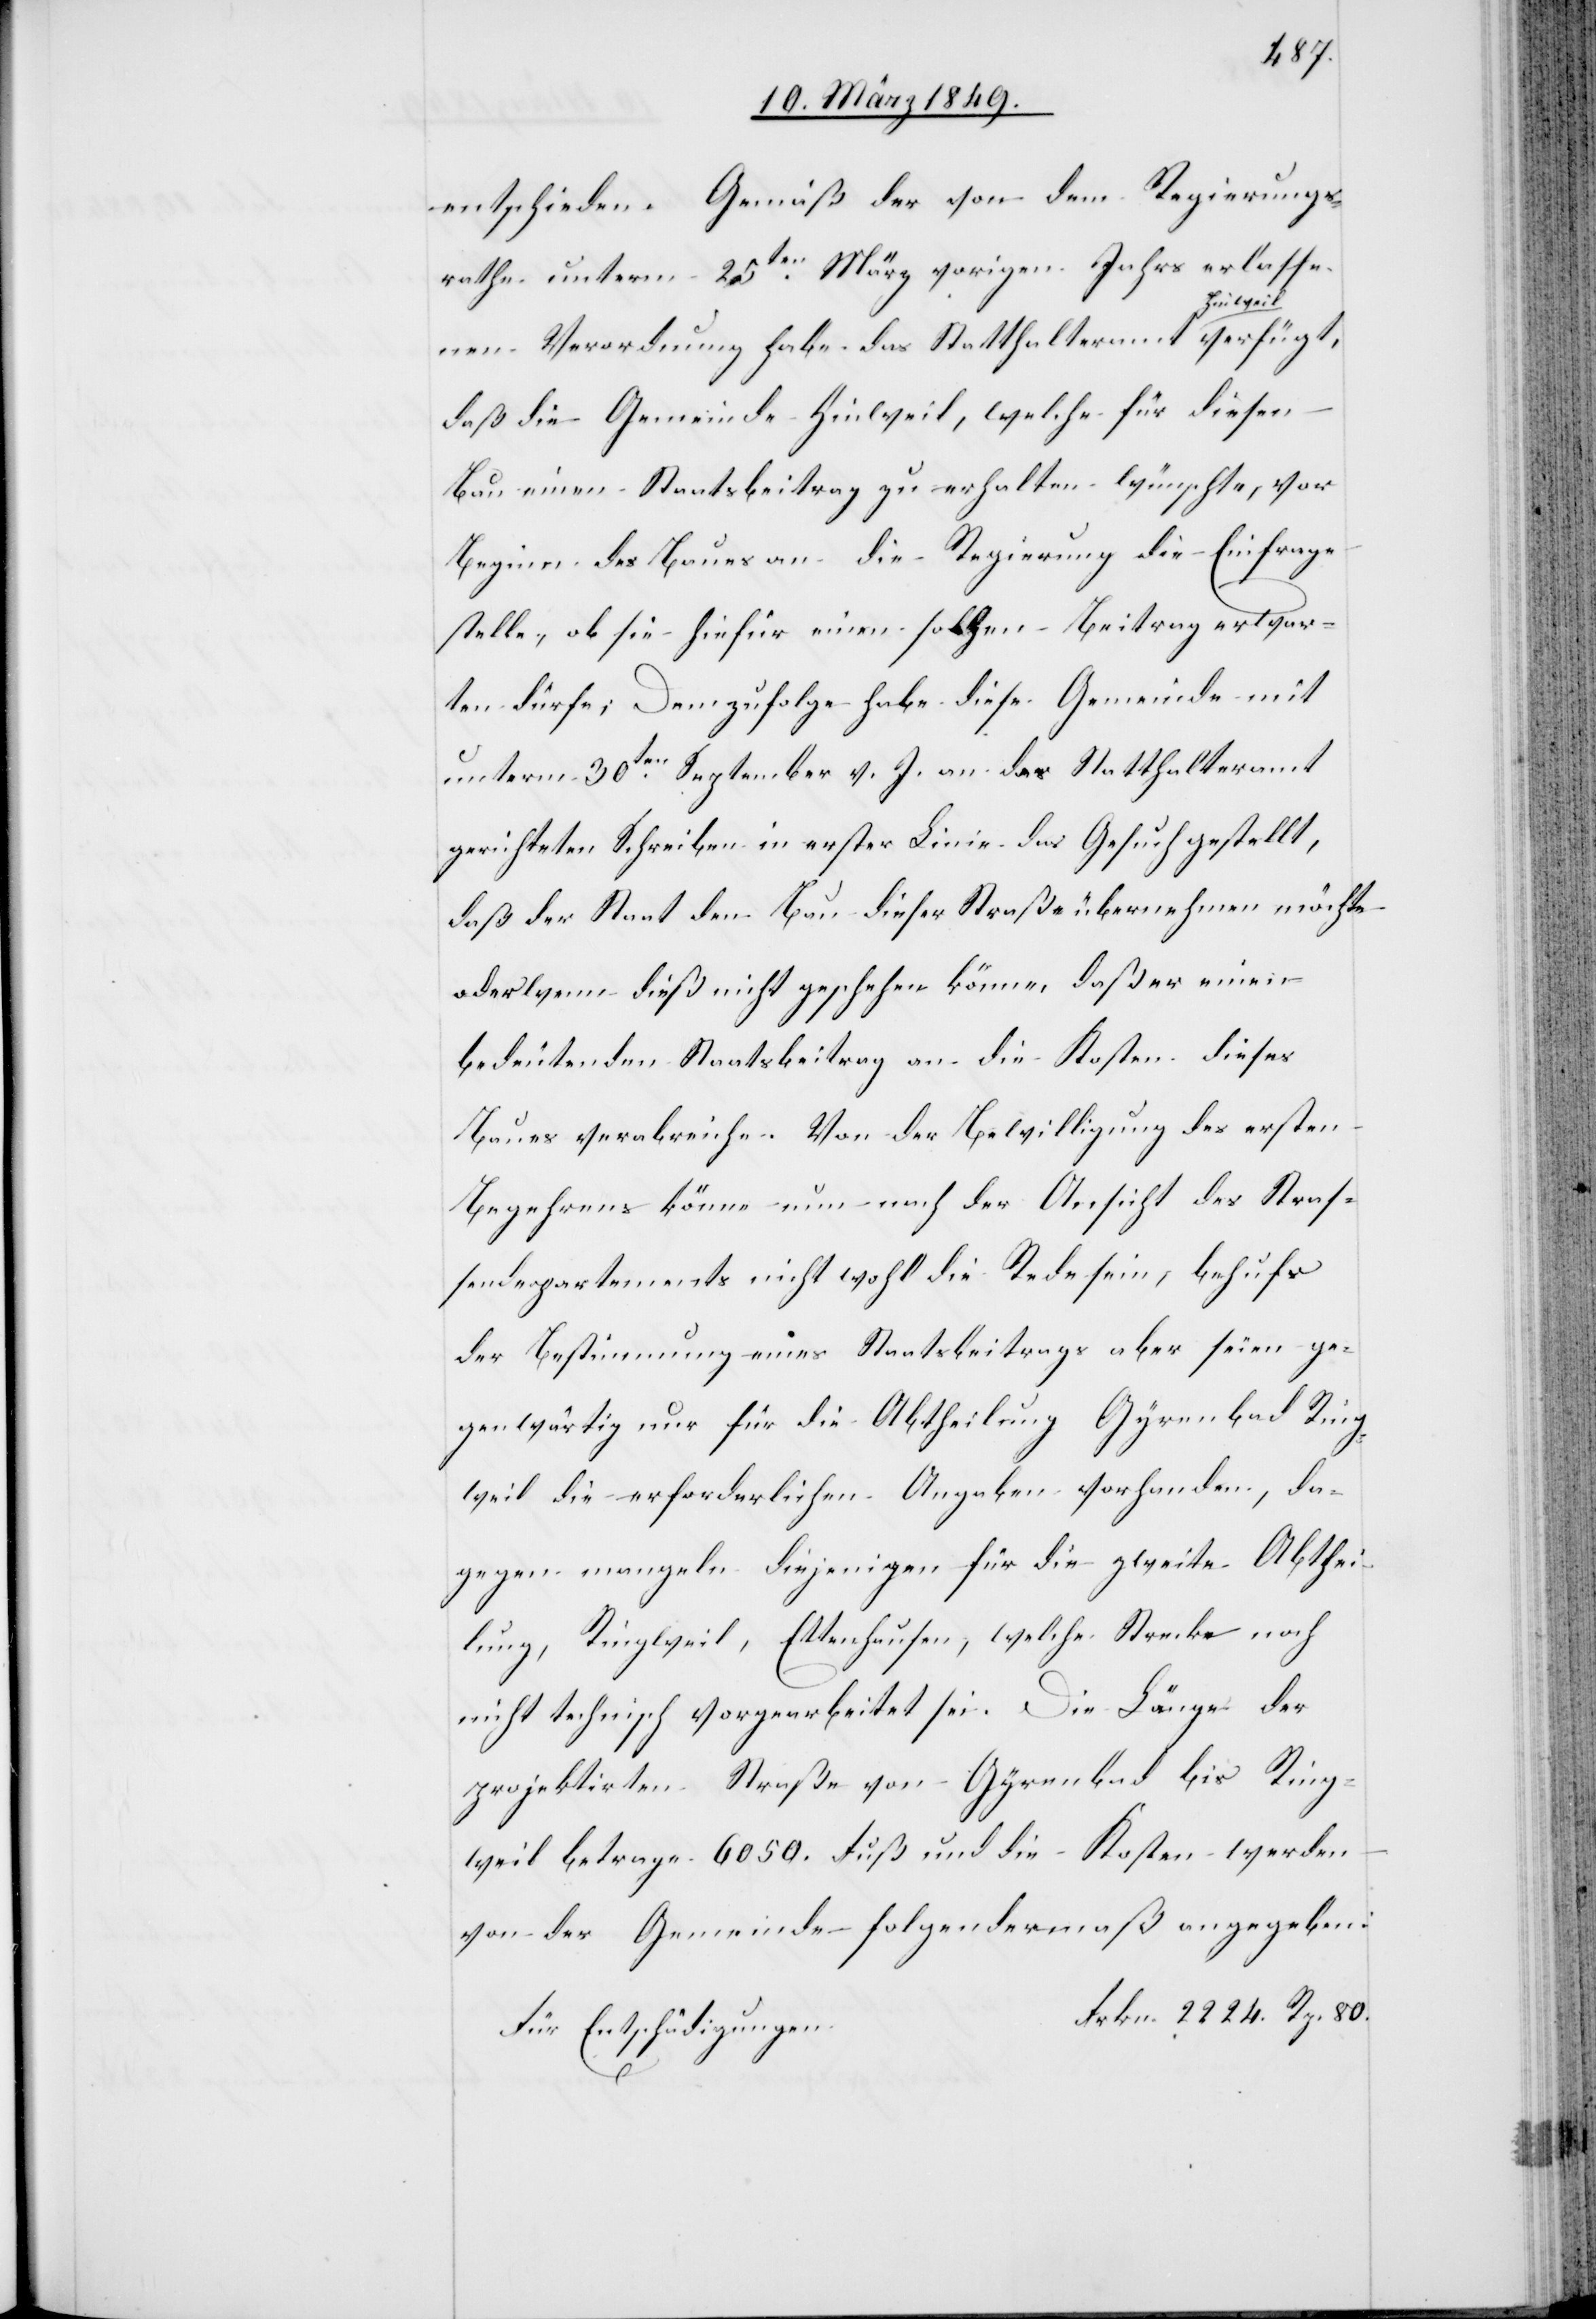
entschieden. Gemäß der von dem Regierungs¬
rathe unterm 25ten. März vorigen Jahrs erlasse¬
nen Verordnung habe das Statthalteramt Hinweil verfügt,
daß die Gemeinde Hinweil, welche für diesen
Bau einen Staatsbeitrag zu erhalten wünschte, vor
Beginn des Baues an die Regierung die Einfrage
stelle, ob sie hiefür einen solchen Beitrag erwar¬
ten dürfe; Demzufolge habe diese Gemeinde mit
unterm 30ten. September v. J. an das Statthalteramt
gerichteten Schreiben in erster Linie das Gesuch gestellt,
daß der Staat den Bau dieser Straße übernehmen möchte
oder wenn dieß nicht geschehen könne, daß er einen
bedeutenden Staatsbeitrag an die Kosten dieses
Baues verabreiche. Von der Bewilligung des ersten
Begehrens könne nun nach der Ansicht des Straß¬
endepartements nicht wohl die Rede sein, behufs
der Bestimmung eines Staatsbeitrags aber seien ge¬
genwärtig nur für die Abtheilung Gyrenbad Ring¬
weil die erforderlichen Angaben vorhanden, da¬
gegen mangeln diejenigen für die zweite Abthei¬
lung, Ringweil, Ettenhausen, welche Strecke noch
nicht technisch vorgearbeitet sei. Die Länge der
projektirten Straße von Gyrenbad bis Ring¬
weil betrage 6050. Fuß und die Kosten werden
von der Gemeinde folgendermaß angegeben:
Frkn. 2224. Rp. 80.
Für Entschädigungen